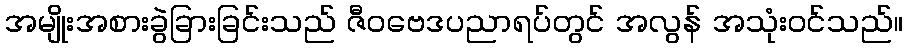
အမျိုးအစားခွဲခြားခြင်းသည် ဇီဝဗေဒပညာရပ်တွင် အလွန် အသုံးဝင်သည်။